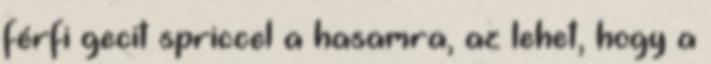
férfi gecit spriccel a hasamra, az lehet, hogy a